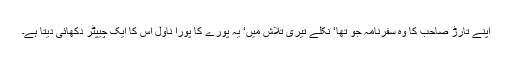
اپنے تارڑ صاحب کا وہ سفرنامہ جو تھا‘ نکلے تیری تلاش میں‘ یہ پورے کا پورا ناول اس کا ایک چیپٹر دکھائی دیتا ہے۔